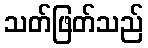
သတ်ဖြတ်သည်